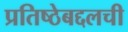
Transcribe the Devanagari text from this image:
प्रतिष्ठेबद्दलची